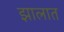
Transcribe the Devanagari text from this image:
झालात